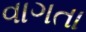
વાગતા